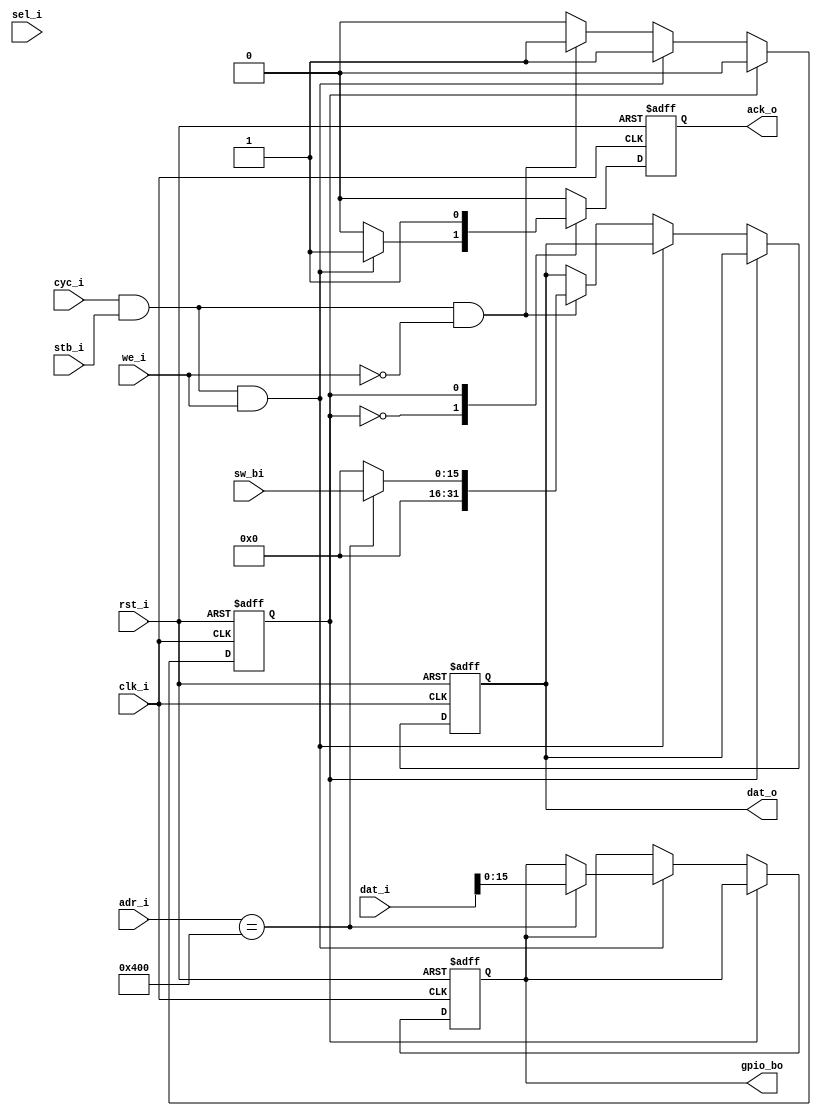
module gpio_wb #(parameter BASE_ADDR = 32'h00000400) (
    
    // system signals
    input clk_i, 
    input rst_i,
    
    // wb signals
    input      [31:0] dat_i, 
    output reg [31:0] dat_o, 
    input      [31:0] adr_i, 
    input      we_i, 
    input      [3:0] sel_i, 
    input      cyc_i, 
    input      stb_i, 
    output reg ack_o,
    
    // func signals
    input [15:0] sw_bi,
    output reg [15:0] gpio_bo
);

localparam IDLE = 0;
localparam ACK  = 1;

wire read  = cyc_i & stb_i & !we_i;
wire write = cyc_i & stb_i & we_i;
    
reg state_r;
    
always@(posedge clk_i, posedge rst_i)
    if(rst_i) begin
        state_r  <= 0;
        ack_o    <= 1'b0;
        gpio_bo  <= 0;
        dat_o    <= 0;
    end else begin
    
        ack_o <= 1'b0;
        
        case(state_r)
            IDLE: 
                begin
                    if(write) begin
                        if(adr_i == BASE_ADDR)
                            gpio_bo <= dat_i[15:0];
                        ack_o   <= 1'b1;
                        state_r <= ACK; 
                    end else if(read) begin
                        dat_o <= (adr_i == BASE_ADDR)? sw_bi: 0;
                        state_r <= ACK;
                    end
                end
            ACK:
                begin
                    ack_o   <= 1'b1;
                    state_r <= IDLE;
                end
        endcase
    end


endmodule